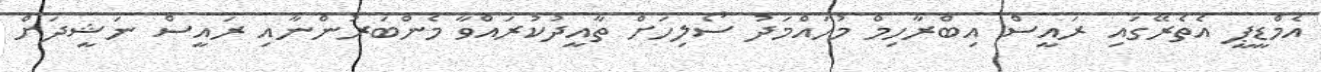
އެމްޑީޕީ އެތެރޭގައި ރައީސް އިބްރާހިމް މުހައްމަދު ސޯލިހަށް ތާއީދުކުރައްވާ މެންބަރުންނާއި ރައީސް ނަޝީދަށް